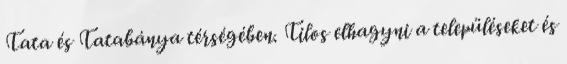
Tata és Tatabánya térségében. Tilos elhagyni a településeket és